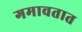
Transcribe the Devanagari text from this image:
गमावतात